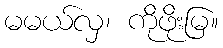
မမယ်လှ၊ ကိုဖိုးမြ။